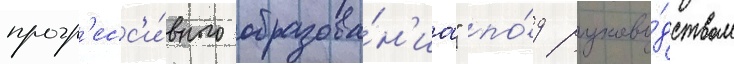
прогр'есс'и́вного образова́н'иа" по́д руково́дством